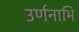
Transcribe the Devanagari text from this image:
उर्णनाभि